Vaccination in Bombay 1924-1928 - 1924-1928
Year: 1924
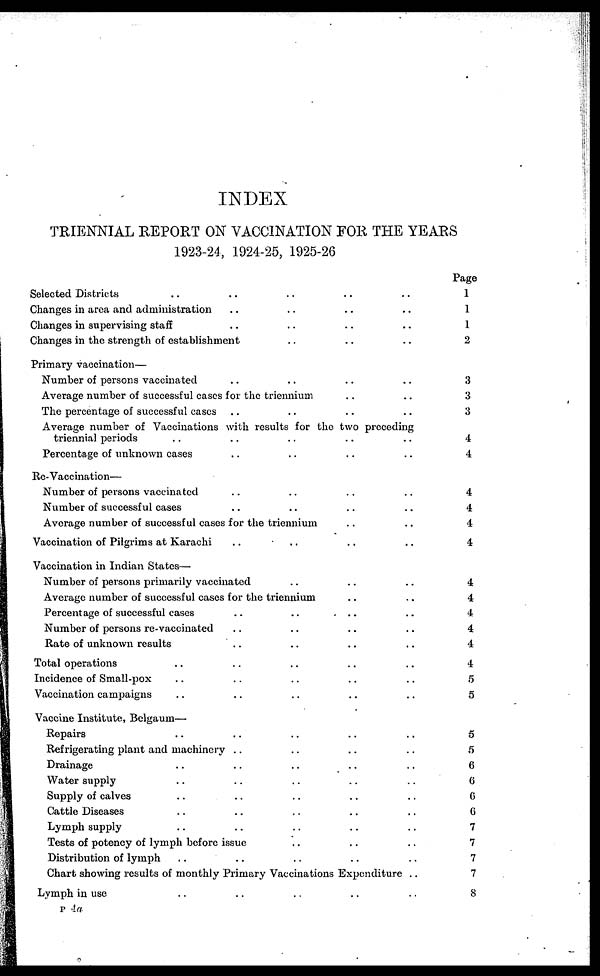
INDEX
TRIENNIAL REPORT ON VACCINATION FOR THE YEARS
1923-24, 1924-25, 1925-26
Selected Districts .. .. .. .. ..
Changes in area and administration .. .. .. .. ..
Changes in supervising staff .. .. .. .. ..
Changes in the strength of establishment .. .. .. .. ..
Primary vaccination—
Number of persons vaccinated .. .. .. .. ..
Average number of successful cases for the triennium .. ..
The percentage of successful cases .. .. .. .. ..
Average number of Vaccinations with results for the two preceding
triennial periods .. .. .. .. ..
Percentage of unknown cases .. .. .. .. ..
Re-Vaccination—
Number of persons vaccinated .. .. .. .. ..
Number of successful cases .. .. .. .. ..
Average number of successful cases for the triennium .. ..
Vaccination of Pilgrims at Karachi .. .. .. .. ..
Vaccination in Indian States—
Number of persons primarily vaccinated .. .. .. .. ..
Average number of successful cases for the triennium .. .. ..
Percentage of successful cases .. .. .. .. ..
Number of persons re-vaccinated .. .. .. .. ..
Rate of unknown results .. .. .. .. ..
Total operations .. .. .. .. ..
Incidence of Small-pox .. .. .. .. ..
Vaccination campaigns .. .. .. .. ..
Vaccine Institute, Belgaum—
Repairs .. .. .. .. ..
Refrigerating plant and machinery .. .. .. .. ..
Drainage .. .. .. .. ..
Water supply .. .. .. .. ..
Supply of calves .. .. .. .. ..
Cattle Diseases .. .. .. .. ..
Lymph supply .. .. .. .. ..
Tests of potency of lymph before issue .. .. .. .. ..
Distribution of lymph .. .. .. .. ..
Chart showing results of monthly Primary Vaccinations Expenditure ..
Lymph in use .. .. .. .. ..
Page
1
1
1
2
3
3
3
4
4
4
4
4
4
4
4
4
4
4
4
5
5
5
5
6
6
6
6
7
7
7
7
8
P 4 a